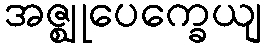
အဇ္ဈုပေက္ခေယျ